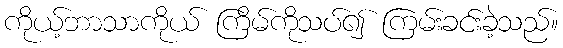
ကိုယ့်ဘာသာကိုယ် ကြိမ်ကိုသပ်၍ ကြမ်းခင်းခဲ့သည်။